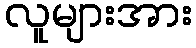
လူများအား